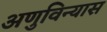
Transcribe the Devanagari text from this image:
अणुविन्यास